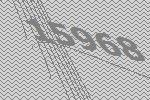
15968